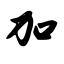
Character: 加